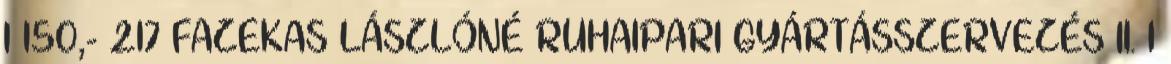
1 150,- 217 FAZEKAS LÁSZLÓNÉ RUHAIPARI GYÁRTÁSSZERVEZÉS II. 1